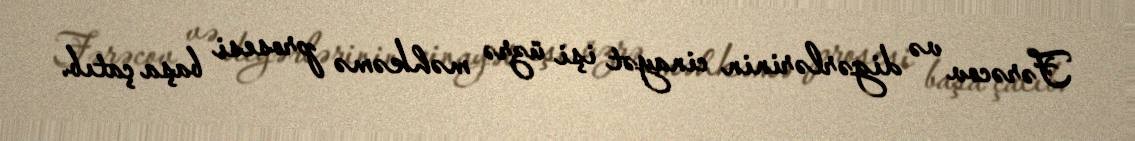
Fərəcov və digərlərinin cinayət işi üzrə məhkəmə prosesi başa çatıb.